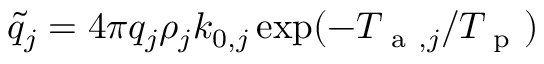
\tilde { q } _ { j } = 4 \pi q _ { j } \rho _ { j } k _ { 0 , j } \exp ( - T _ { \mathrm { ~ a ~ } , j } / T _ { \mathrm { ~ p ~ } } )